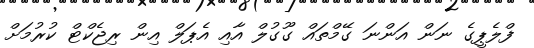
ފްލެޕީގެ ނަން އަންނަ ގޭމްތައް ގޫގުލް އާއި އެޕަލް އިން ރިޖެކްޓް ކުރުމަށް